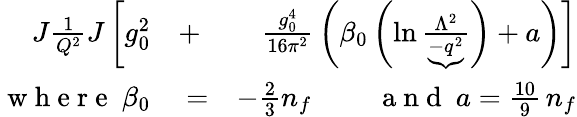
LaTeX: \begin{array}{rlr}{\! \! \! \! \! \! \! \! \! \! \! \! J{\frac{1}{Q^{2}}}J\left[\rule{0cm}{7mm}g_{0}^{2}\right.}&{{}+}&{\left.{\frac{g_{0}^{4}}{16\pi^{2}}}\left(\beta_{0}\left(\ln{\frac{\Lambda^{2}}{\underbrace{-q^{2}}}}\right)+a\right)\right]}\\ {\mathrm{~w~h~e~r~e~\ }\beta_{0}}&{{}=}&{-\frac 23n_{f}\mathrm{~\qquad~a~n~d~\ }a=\frac{10}9\, n_{f}}\end{array}